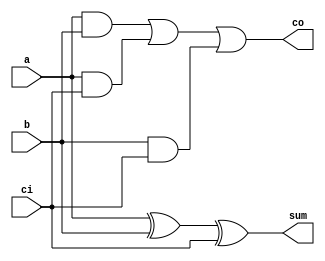
module full_adder(
    input a,
    input b,
    input ci,
    output sum,
    output co
);

assign sum = a ^ b ^ ci;
assign co = (a & b) | (a & ci) | (b & ci);

endmodule